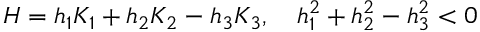
H = h _ { 1 } K _ { 1 } + h _ { 2 } K _ { 2 } - h _ { 3 } K _ { 3 } , \quad h _ { 1 } ^ { 2 } + h _ { 2 } ^ { 2 } - h _ { 3 } ^ { 2 } < 0